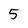
Character: 5